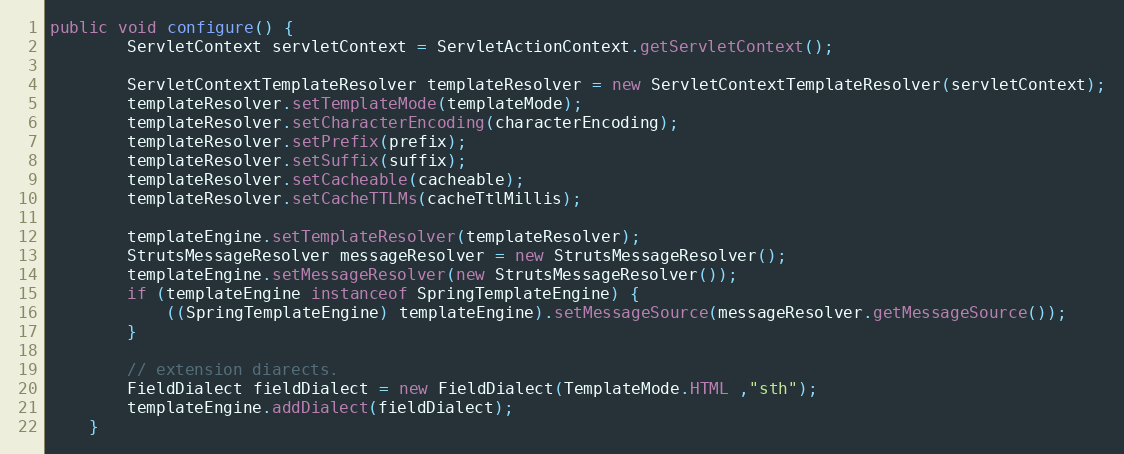
Language: Java
public void configure() {
		ServletContext servletContext = ServletActionContext.getServletContext();

		ServletContextTemplateResolver templateResolver = new ServletContextTemplateResolver(servletContext);
		templateResolver.setTemplateMode(templateMode);
		templateResolver.setCharacterEncoding(characterEncoding);
		templateResolver.setPrefix(prefix);
		templateResolver.setSuffix(suffix);
		templateResolver.setCacheable(cacheable);
		templateResolver.setCacheTTLMs(cacheTtlMillis);

		templateEngine.setTemplateResolver(templateResolver);
		StrutsMessageResolver messageResolver = new StrutsMessageResolver();
		templateEngine.setMessageResolver(new StrutsMessageResolver());
		if (templateEngine instanceof SpringTemplateEngine) {
			((SpringTemplateEngine) templateEngine).setMessageSource(messageResolver.getMessageSource());
		}

		// extension diarects.
		FieldDialect fieldDialect = new FieldDialect(TemplateMode.HTML ,"sth");
		templateEngine.addDialect(fieldDialect);
	}